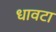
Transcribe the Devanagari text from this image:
धावटा